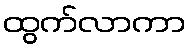
ထွက်လာကာ